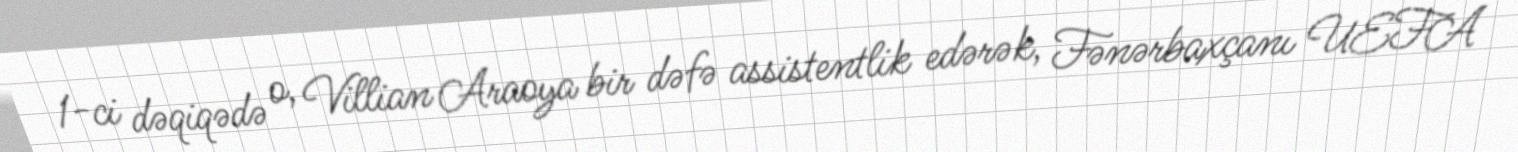
1-ci dəqiqədə o, Villian Araoya bir dəfə assistentlik edərək, Fənərbaxçanı UEFA